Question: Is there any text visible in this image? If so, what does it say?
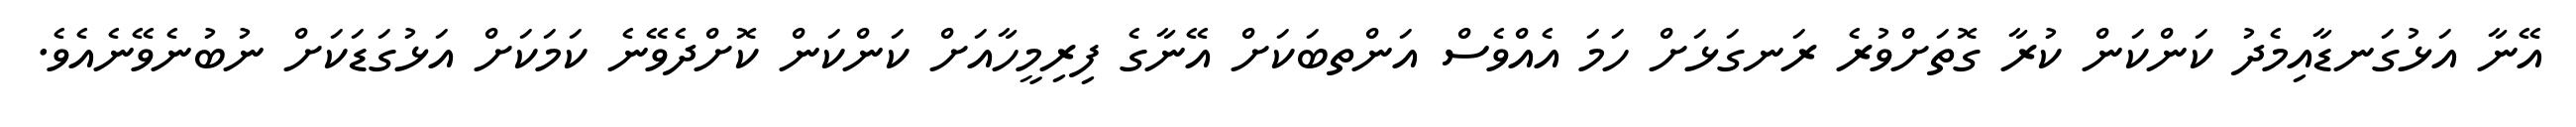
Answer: އޭނާ އަޅުގަނޑާއިމެދު ކަންކަން ކުރާ ގޮތަށްވުރެ ރަނގަޅަށް ހަމަ އެއްވެސް އަންތބަކަށް އޭނާގެ ފިރިމީހާއަށް ކަންކަން ކޮށްދެވޭނެ ކަމަކަށް އަޅުގަޑަކަށް ނުބުނެވޭނެއެވެ.